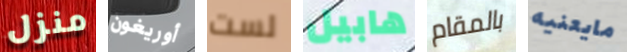
منزل أوريغون لست هابيل بالمقام مايعنيه